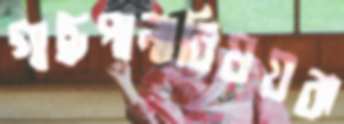
গাছপালাবিষয়ক